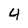
Character: 4